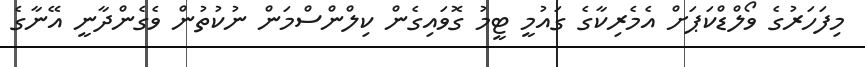
މިފަހަރުގެ ވޯލްޑްކަޕަށް އެމެރިކާގެ ގައުމީ ޓީމު ގޮވައިގެން ކިލްންސްމަން ނުކުތުން ވެގެންދާނީ އޭނާގެ